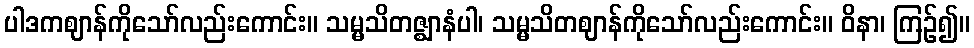
ပါဒကဈာန်ကိုသော်လည်းကောင်း။ သမ္မသိတဇ္ဈာနံပါ၊ သမ္မသိတဈာန်ကိုသော်လည်းကောင်း။ ဝိနာ၊ ကြဉ်၍။